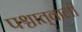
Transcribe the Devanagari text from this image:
पश्चात्‌वाली